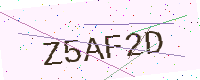
Text: Z5AF2D